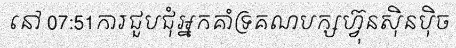
នៅ 07:51ការជួបជុំអ្នកគាំទ្រគណបក្សហ្វ៊ុនស៊ិនប៉ិច